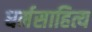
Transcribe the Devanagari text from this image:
धर्मसाहित्य